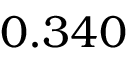
0 . 3 4 0 ^ { }